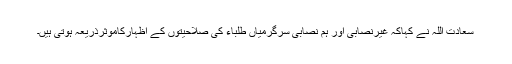
سعادت اللہ نے کہاکہ غیرنصابی اور ہم نصابی سرگرمیاں طلباء کی صلاحیتوں کے اظہارکاموثرذریعہ ہوتی ہیں۔